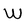
Character: W